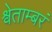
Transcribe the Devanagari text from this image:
श्वेताम्बरं